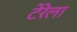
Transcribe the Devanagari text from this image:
टेरेला